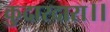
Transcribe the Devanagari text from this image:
कुदारदारा।।